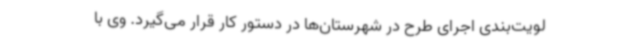
لویت‌بندی اجرای طرح در شهرستان‌ها در دستور کار قرار می‌گیرد. وی با